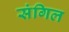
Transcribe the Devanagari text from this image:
संगिल